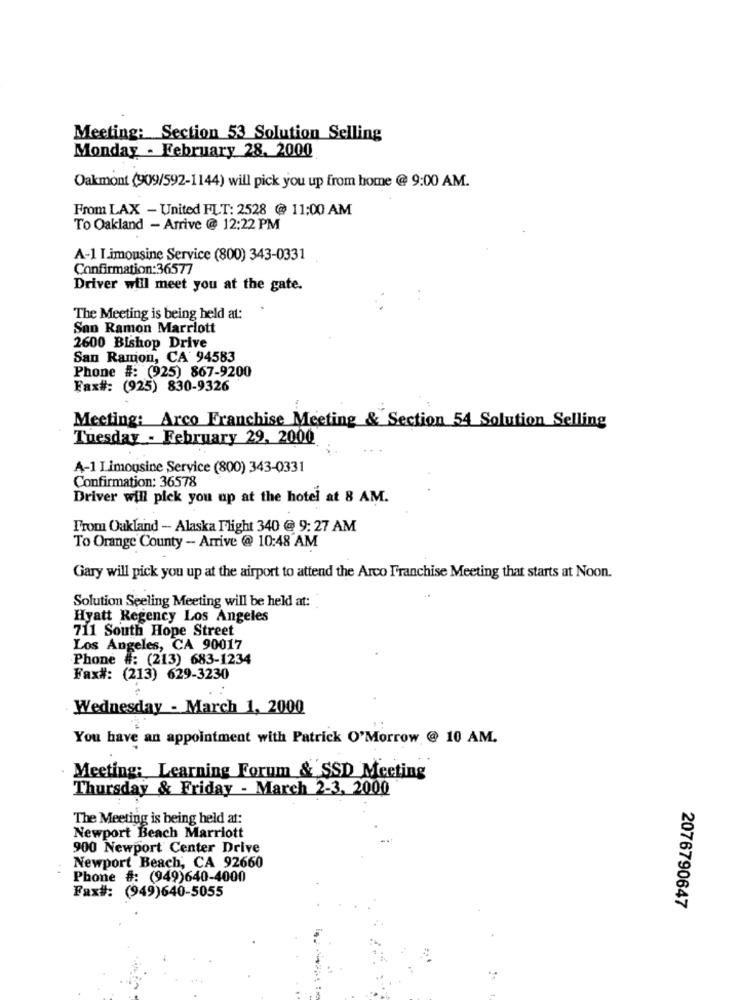
Meeting: Section 53 Solution Selling
Monday - February 28. 2000
Oakmont (909/592-1144) will pick you up from home @ 9:00 AM.
From LAX - United FLT: 2528 @ 11:00 AM
To Oakland - Arrive @ 12:22 PM
A-1 Limousine Service (800) 343-0331
Confirmation:36577
Driver will meet you at the gate.
The Meeting is being held at:
San Ramon Marriott
2600 Bishop Drive
San Ramon, CA 94583
Phone #: (925) 867-9200
Fax#: (925) 830-9326
Meeting: Arco Franchise Meeting & Section 54 Solution Selling
Tuesday - February 29, 2000
A-1 Limousine Service (800) 343-0331
Confirmation: 36578
Driver will pick you up at the hotel at 8 AM.
From Oakland - Alaska I'light 340 @ 9: 27 AM
To Orange County - Arrive @ 10:48 AM
Gary will pick you up at the airport to attend the Arco Franchise Meeting that starts at Noon.
Solution Seeling Meeting will be held at:
Hyatt Regency Los Angeles
711 South Hope Street
Los Angeles, CA 90017
Phone #: (213) 683-1234
Fax#: (213) 629-3230
Wednesday - March 1, 2000
You have an appointment with Patrick O'Morrow @ 10 AM.
Meeting: Learning Forum & SSD Meeting
Thursday & Friday - March 2-3, 2000
The Meeting is being held at:
Newport Beach Marriott
900 Newport Center Drive
Newport Beach, CA 92660
Phone #: (949)640-4000
Fax#: (949)640-5055
2076790647